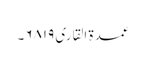
عمدۃ القاری ۶۸۱۹۔